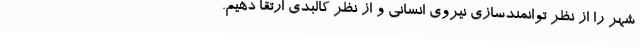
شهر را از نظر توانمندسازی نیروی انسانی و از نظر کالبدی ارتقا دهیم.